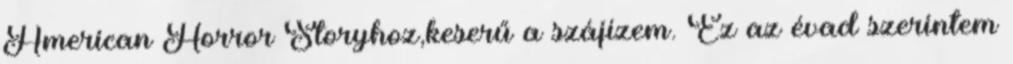
American Horror Storyhoz,keserű a szájízem. Ez az évad szerintem